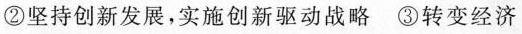
②坚持创新发展，实施创新驱动战略③转变经济